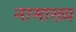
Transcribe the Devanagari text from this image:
नामाख्य